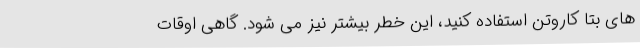
های بتا کاروتن استفاده کنید، این خطر بیشتر نیز می شود. گاهی اوقات